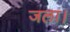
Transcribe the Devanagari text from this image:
जला।